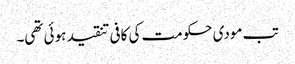
تب مودی حکومت کی کافی تنقید ہوئی تھی۔